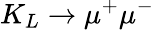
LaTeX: K_{L}\to\mu^{+}\mu^{-}